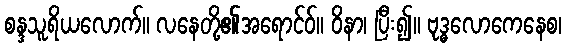
စန္ဒသူရိယလောက်။ လနေတို့၏အရောင်ဝ်။ ဝိနာ၊ ပြီး၍။ ဗုဒ္ဓလောကေနေစ၊